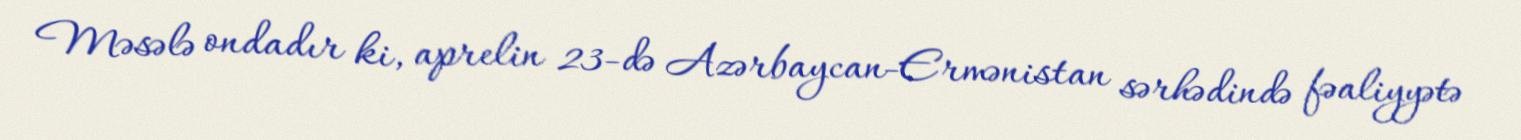
Məsələ ondadır ki, aprelin 23-də Azərbaycan-Ermənistan sərhədində fəaliyyətə